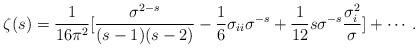
LaTeX: \begin{align*}\zeta(s)={1\over 16\pi^2}[{\sigma^{2-s}\over (s-1)(s-2)}-{1\over 6}\sigma_{ii}\sigma^{-s}+{1\over 12}s\sigma^{-s}{\sigma_i^2\over \sigma}]+\cdots .\end{align*}